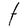
Character: t